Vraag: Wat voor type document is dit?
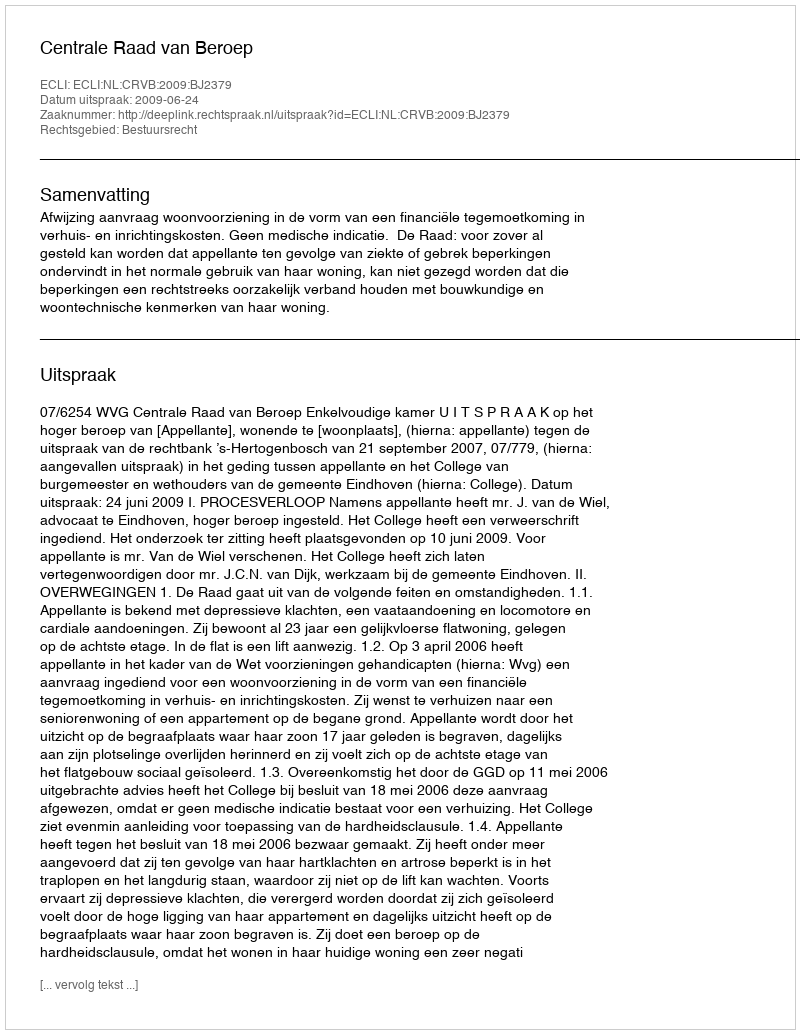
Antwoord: Uitspraak